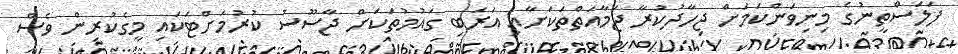
ފަލަސްތީނުގެ މިނިވަންކަަމަށް ޖިހާދުކުރާ ޖަމާއަތްތަކަށާއި އަރަބި ގައުމުތަކަށް ޖާސޫސު ކުރުމަށްޓަކައި މީގެކުރިން ވެސް